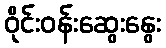
ဝိုင်းဝန်းဆွေးနွေး